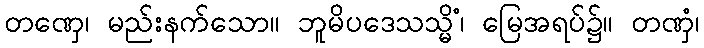
တဏှေ၊ မည်းနက်သော။ ဘူမိပဒေသသ္မိံ၊ မြေအရပ်၌။ တဏှံ၊